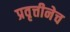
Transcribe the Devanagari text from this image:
प्रवृत्तीनेच